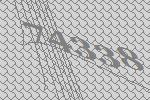
74338